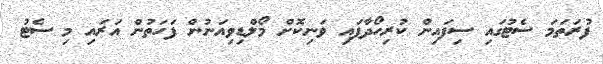
ފުރަތަމަ ސެޓުގައި ސިފައިން ކުރިހޯދާފައި ވަނިކޮށް މޯލްޑިވިއަނުން ފަހަތުން އަރައި މި ސެޓު